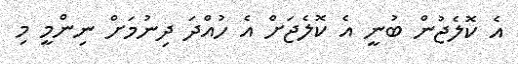
އެ ކޮލެޖުން ބުނީ އެ ކޮލެޖަށް އެ ހުއްދަ ދިނުމަށް ނިންމީ މި